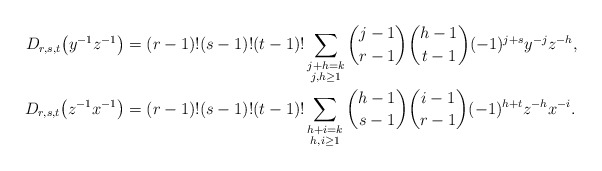
\begin{align*}D_{r,s,t}\big(y^{-1} z^{-1}\big)&=(r-1)!(s-1)!(t-1)!\sum_{\substack{j+h=k\\j,h\ge1}}\binom{j-1}{r-1}\binom{h-1}{t-1}(-1)^{j+s} y^{-j}z^{-h},\\D_{r,s,t}\big(z^{-1} x^{-1}\big)&= (r-1)!(s-1)!(t-1)!\sum_{\substack{h+i=k\\h,i\ge1}}\binom{h-1}{s-1}\binom{i-1}{r-1}(-1)^{h+t} z^{-h}x^{-i}.\end{align*}